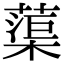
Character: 蕖